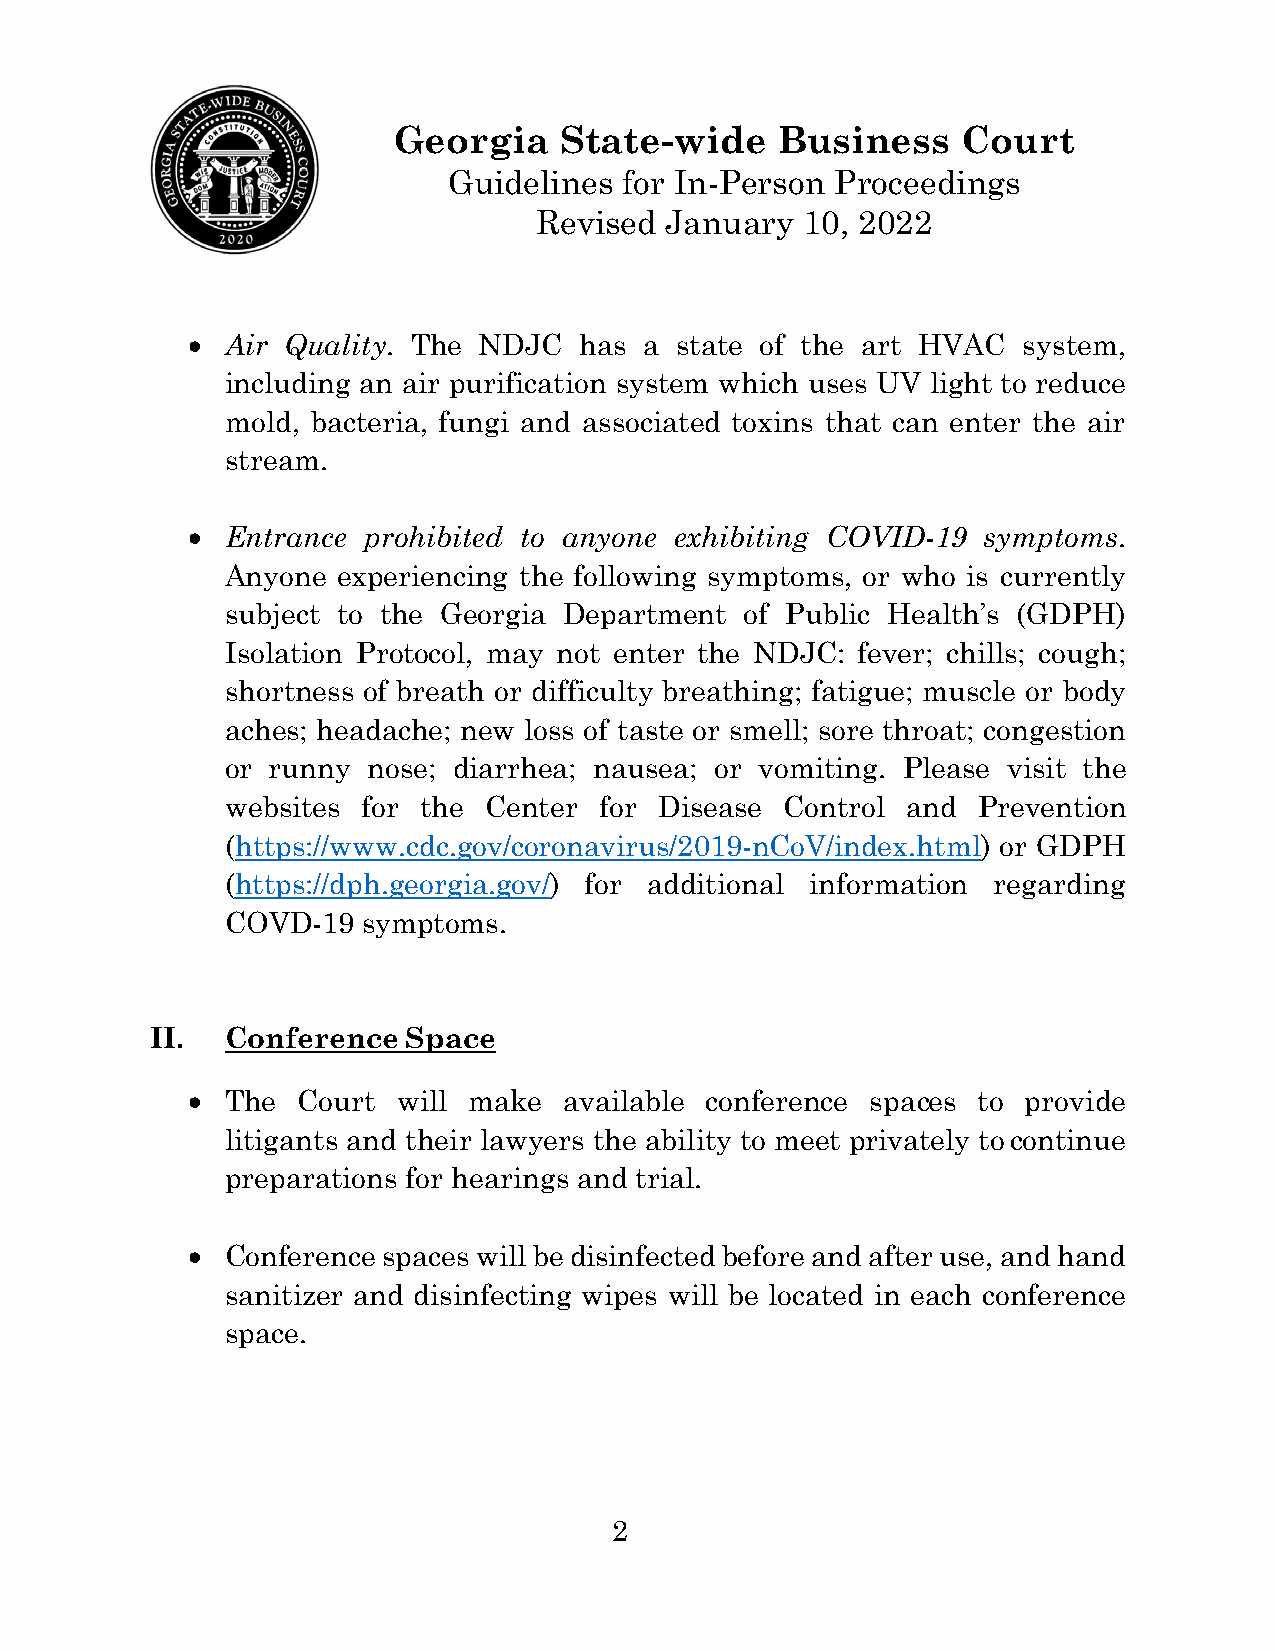
Georgia    State-wide     Business    Court
 Guidelines for In-Person Proceedings
 Revised January  10, 2022
 •  Air Quality. The NDJC  has  a state of the art HVAC  system,
 including an air purification system which uses UV light to reduce
 mold, bacteria, fungi and associated toxins that can enter the air
 stream.
 •  Entrance prohibited to anyone exhibiting COVID-19 symptoms.
 Anyone experiencing the following symptoms, or who is currently
 subject to the Georgia Department of Public Health’s (GDPH)
 Isolation Protocol, may not enter the NDJC: fever; chills; cough;
 shortness of breath or difficulty breathing; fatigue; muscle or body
 aches; headache; new loss of taste or smell; sore throat; congestion
 or runny nose; diarrhea; nausea; or vomiting. Please visit the
 websites for the Center  for Disease Control and  Prevention
 (https://www.cdc.gov/coronavirus/2019-nCoV/index.html) or GDPH
 (https://dph.georgia.gov/) for additional information regarding
 COVD-19  symptoms.
 II.  Conference  Space
 •  The  Court will make  available conference spaces to provide
 litigants and their lawyers the ability to meet privately to continue
 preparations for hearings and trial.
 •  Conference spaces will be disinfected before and after use, and hand
 sanitizer and disinfecting wipes will be located in each conference
 space.
 2